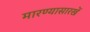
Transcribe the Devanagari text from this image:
मारण्यासारखें